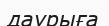
даурыға